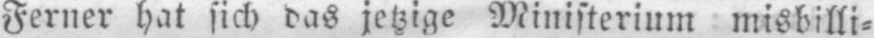
Ferner hat sich das jetzige Ministerium misbilli⸗